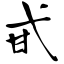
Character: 甙